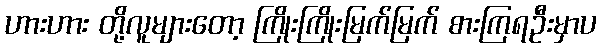
ဟားဟား တို့လူများတော့ ကြိုးကြိုးမြက်မြက် စားကြရဦးမှာပ